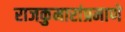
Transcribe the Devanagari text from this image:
राजकुमारांप्रमाणे